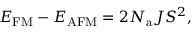
E _ { \mathrm { F M } } - E _ { \mathrm { A F M } } = 2 N _ { \mathrm { a } } J S ^ { 2 } ,